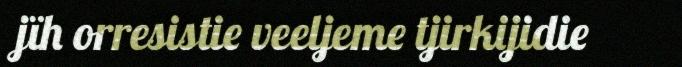
jïh orresistie veeljeme tjirkijidie